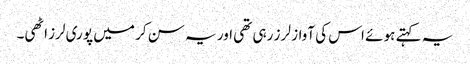
یہ کہتے ہو ئے اس کی آواز لر ز رہی تھی اور یہ سن کر میں پو ری لرز اٹھی۔